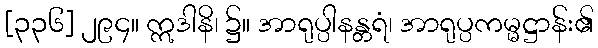
[၃၃၆] ၂၉၄။ ဣဒါနိ၊ ၌။ အာရုပ္ပါနန္တရံ၊ အာရုပ္ပကမ္မဋ္ဌာန်း၏